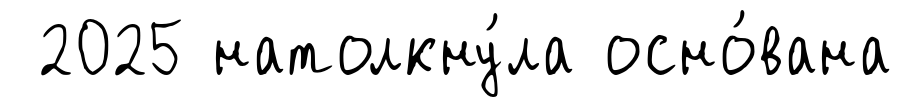
2025 натолкну́ла осно́вана